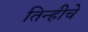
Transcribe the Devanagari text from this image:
तिन्हीचे